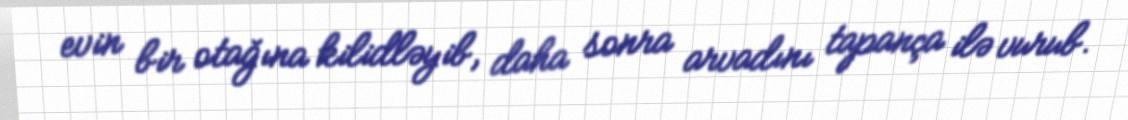
evin bir otağına kilidləyib, daha sonra arvadını tapança ilə vurub.